King Institute of Preventive Medicine Micro-Biological Section reports 1912-19
Year: 1912
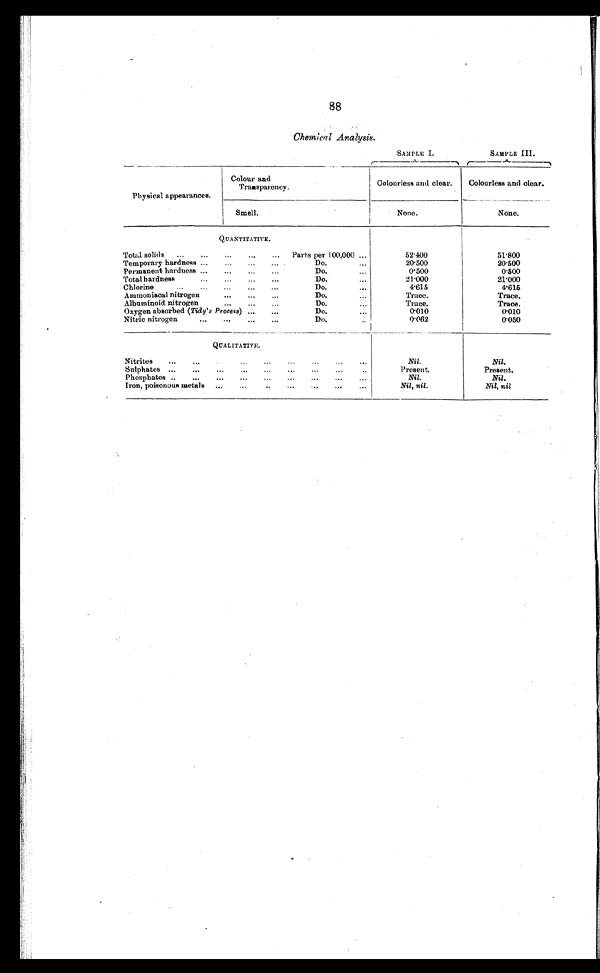
88
Chemical Analysis.
SAMPLE I.
SAMPLE I I I .
Physical appearances.
Colour and
Transparency.
Colourless and clear.
Colourless and clear.
Smell.
N o n e .
N o n e .
QUANTITATIVE.
Total solids
...
...
...
Parts per 100,000 ...
52.400
51.800
Temporary hardness ...
...
...
... .
Do. ..
20.500
20.500
Permanent hardness ...
...
Do. ..
0.500
0.500
Total hardness
.
...
...
...
Do.
21.000
21.000
Chlorine
...
...
...
Do. ...
4.615
4.615
Ammoniacal nitrogen
...
...
...
Do.
Trace.
T r a c e .
Albuminoid nitrogen
...
Do. ...
T r a c e .
T r a c e .
Oxygen absorbed (Tidy's Process) ...
...
Do.
...
0 . 0 1 0
0.010
Nitric nitrogen
...
...
...
...
Do.
..
0.062
0.050
Q U A L I T A T I V E .
Nitrites
...
...
...
...
...
...
...
...
N i l .
N i l .
Sulphates ...
...
...
..
P r e s e n t .
Present.
Phosphates ..
...
...
...
...
...
...
...
...
N i l .
N i l .
Iron, poisonous metals
...
.
...
...
...
N i l , n i l .
Nil, nil